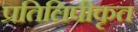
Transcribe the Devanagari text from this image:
प्रतिलिपीकृत